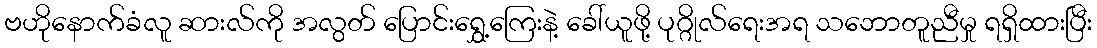
ဗဟိုနောက်ခံလူ ဆားလ်ကို အလွတ် ပြောင်းရွှေ့ကြေးနဲ့ ခေါ်ယူဖို့ ပုဂ္ဂိုလ်ရေးအရ သဘောတူညီမှု ရရှိထားပြီး